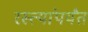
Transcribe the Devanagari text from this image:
रस्त्यांपर्यंत